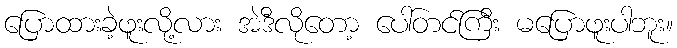
ပြောထားခဲ့ဖူးလို့လား အဲဒီလိုတော့ ပေါ်တင်ကြီး မပြောဖူးပါဘူး။